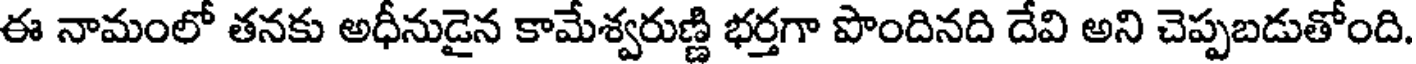
ఈ నామంలో తనకు అధీనుడైన కామేశ్వరుణ్ణి భర్తగా పొందినది దేవి అని చెప్పబడుతోంది